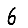
Digit: 6